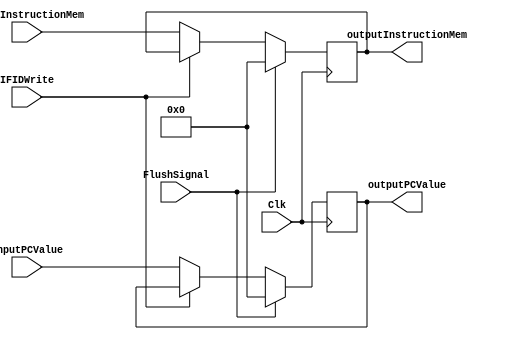
`timescale 1ns / 1ps

module IFIDRegister(Clk, inputPCValue, outputPCValue, inputInstructionMem, 
    outputInstructionMem, IFIDWrite, FlushSignal);

    input Clk,IFIDWrite,FlushSignal;

    input [31:0] inputPCValue;
    output [31:0] outputPCValue;

    input [31:0] inputInstructionMem;
    output [31:0] outputInstructionMem;
    reg [31:0] Register [1:0];

     initial begin 
        Register[0] <= 0;
        Register[1] <= 0;
     end 


    always @(posedge Clk) begin

    if(IFIDWrite == 0) begin
        Register[0] <= inputPCValue;
        Register[1] <= inputInstructionMem;
    end
    else if (IFIDWrite == 1) begin
        Register[0] <= Register[0];
        Register[1] <= Register[1];
    end

    if (FlushSignal == 1) begin
        Register[0] <= 0;
        Register[1] <= 0;

    end
    /*
    else begin
        Register[0] <= Register[0];
        Register[1] <= Register[1];
    end */
    end
         assign outputPCValue = Register[0];
         assign outputInstructionMem = Register[1]; 

endmodule